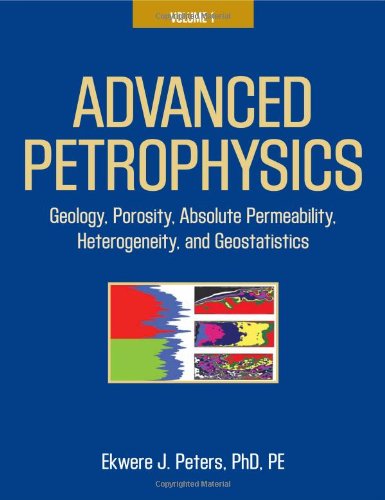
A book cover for Advanced Petrophysics: Volume 1: Geology, Porosity, Absolute Permeability, Heterogeneity, and Geostatistics; Ekwere J. Peters; Science & Math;